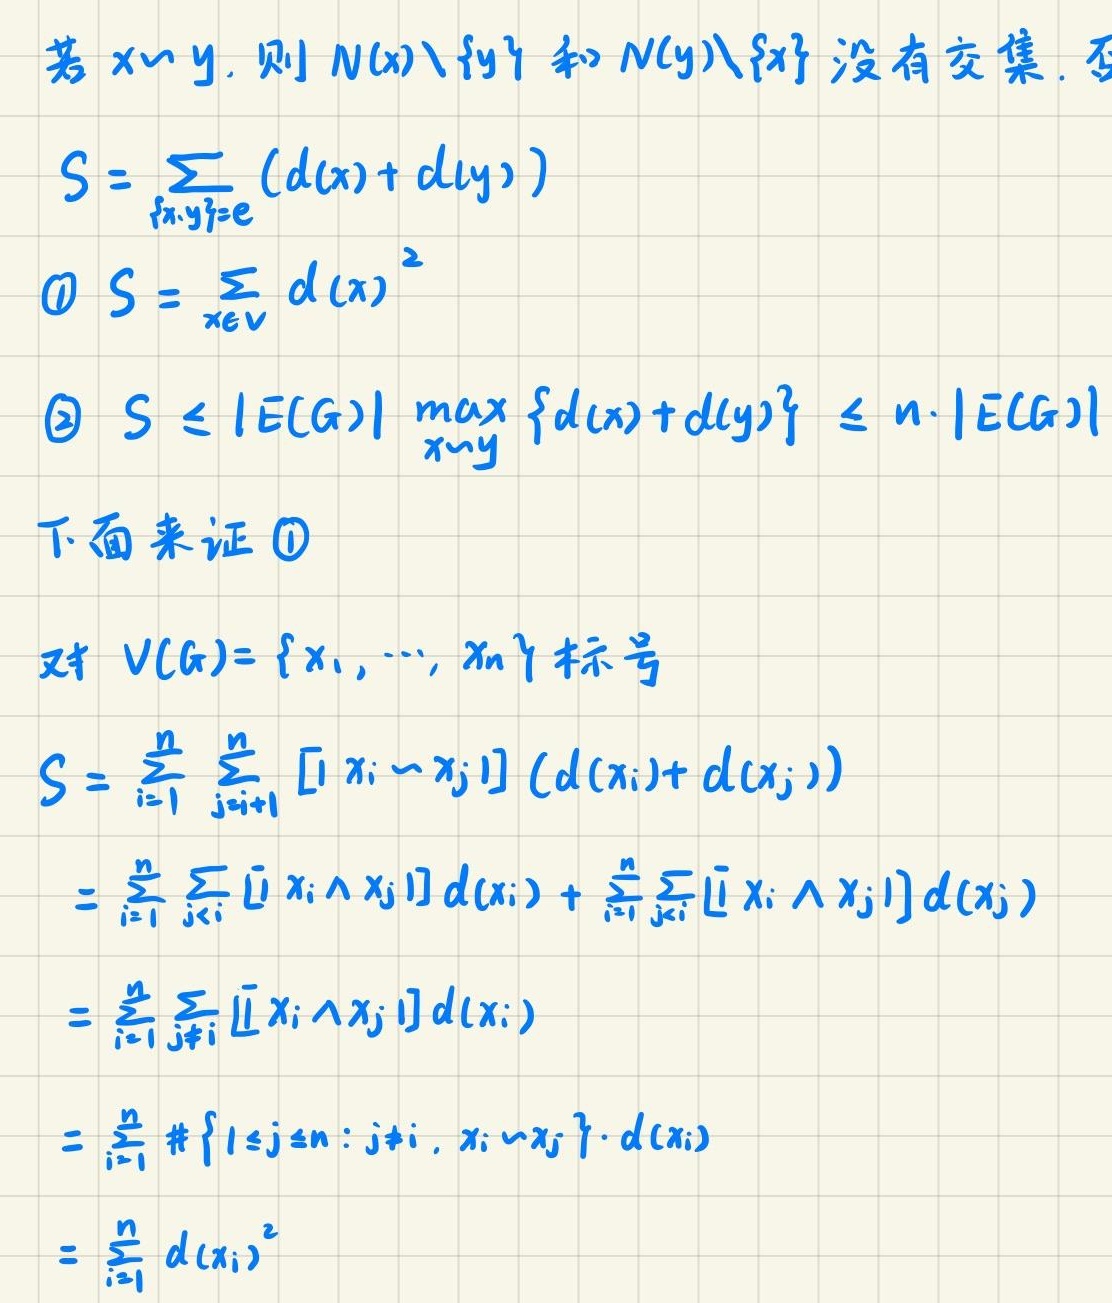
若 $x \sim y$, 则 $N(x)\setminus \{y\}$ 和 $N(y)\setminus \{x\}$ 没有交集. 否

$S = \sum_{\{x,y\}=e} (d(x)+d(y))$

\textcircled{1} $S = \sum_{x\in V} d(x)^2$

\textcircled{2} $S \leq |E(G)| \max_{x \sim y} \{d(x)+d(y)\} \leq n\cdot |E(G)|$

下面来证 \textcircled{1}

对 $V(G)=\{x_1,\cdots,x_n\}$ 标号

$S = \sum_{i = 1}^{n} \sum_{j = i + 1}^{n} [x_i \sim x_j] (d(x_i)+d(x_j))$

$= \sum_{i = 1}^{n} \sum_{j < i} [x_i \wedge x_j] d(x_i) + \sum_{i = 1}^{n} \sum_{j > i} [x_i \wedge x_j] d(x_j)$

$= \sum_{i = 1}^{n} \sum_{j \neq i} [x_i \wedge x_j] d(x_i)$

$= \sum_{i = 1}^{n} \#\{1\leq j\leq n: j\neq i, x_i \sim x_j\}\cdot d(x_i)$

$= \sum_{i = 1}^{n} d(x_i)^2$